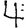
Digit: 4